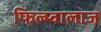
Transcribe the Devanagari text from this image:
फिल्म्वालाज